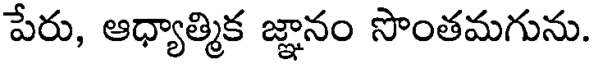
పేరు, ఆధ్యాత్మిక జ్ఞానం సొంతమగును.